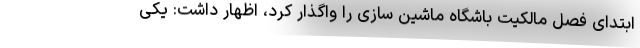
ابتدای فصل مالکیت باشگاه ماشین سازی را واگذار کرد، اظهار داشت: یکی